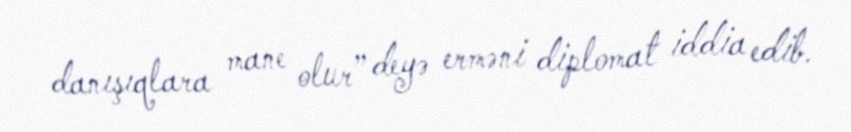
danışıqlara mane olur” deyə erməni diplomat iddia edib.